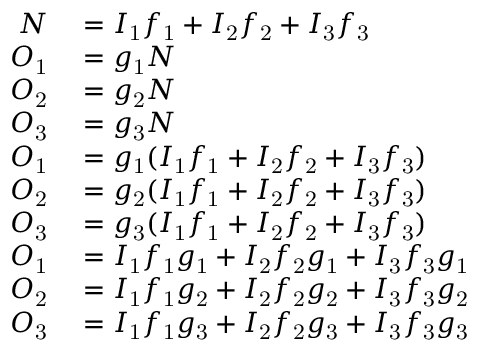
\begin{array} { r l } { N } & { { } = I _ { \mathrm { 1 } } f _ { \mathrm { 1 } } + I _ { \mathrm { 2 } } f _ { \mathrm { 2 } } + I _ { \mathrm { 3 } } f _ { \mathrm { 3 } } } \\ { O _ { \mathrm { 1 } } } & { { } = g _ { \mathrm { 1 } } N } \\ { O _ { \mathrm { 2 } } } & { { } = g _ { \mathrm { 2 } } N } \\ { O _ { \mathrm { 3 } } } & { { } = g _ { \mathrm { 3 } } N } \\ { O _ { \mathrm { 1 } } } & { { } = g _ { \mathrm { 1 } } ( I _ { \mathrm { 1 } } f _ { \mathrm { 1 } } + I _ { \mathrm { 2 } } f _ { \mathrm { 2 } } + I _ { \mathrm { 3 } } f _ { \mathrm { 3 } } ) } \\ { O _ { \mathrm { 2 } } } & { { } = g _ { \mathrm { 2 } } ( I _ { \mathrm { 1 } } f _ { \mathrm { 1 } } + I _ { \mathrm { 2 } } f _ { \mathrm { 2 } } + I _ { \mathrm { 3 } } f _ { \mathrm { 3 } } ) } \\ { O _ { \mathrm { 3 } } } & { { } = g _ { \mathrm { 3 } } ( I _ { \mathrm { 1 } } f _ { \mathrm { 1 } } + I _ { \mathrm { 2 } } f _ { \mathrm { 2 } } + I _ { \mathrm { 3 } } f _ { \mathrm { 3 } } ) } \\ { O _ { \mathrm { 1 } } } & { { } = I _ { \mathrm { 1 } } f _ { \mathrm { 1 } } g _ { \mathrm { 1 } } + I _ { \mathrm { 2 } } f _ { \mathrm { 2 } } g _ { \mathrm { 1 } } + I _ { \mathrm { 3 } } f _ { \mathrm { 3 } } g _ { \mathrm { 1 } } } \\ { O _ { \mathrm { 2 } } } & { { } = I _ { \mathrm { 1 } } f _ { \mathrm { 1 } } g _ { \mathrm { 2 } } + I _ { \mathrm { 2 } } f _ { \mathrm { 2 } } g _ { \mathrm { 2 } } + I _ { \mathrm { 3 } } f _ { \mathrm { 3 } } g _ { \mathrm { 2 } } } \\ { O _ { \mathrm { 3 } } } & { { } = I _ { \mathrm { 1 } } f _ { \mathrm { 1 } } g _ { \mathrm { 3 } } + I _ { \mathrm { 2 } } f _ { \mathrm { 2 } } g _ { \mathrm { 3 } } + I _ { \mathrm { 3 } } f _ { \mathrm { 3 } } g _ { \mathrm { 3 } } } \end{array}